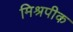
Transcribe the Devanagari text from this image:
मिश्रपीक